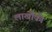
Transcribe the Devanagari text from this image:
लाखौकी